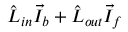
\hat { L } _ { i n } \vec { I } _ { b } + \hat { L } _ { o u t } \vec { I } _ { f }